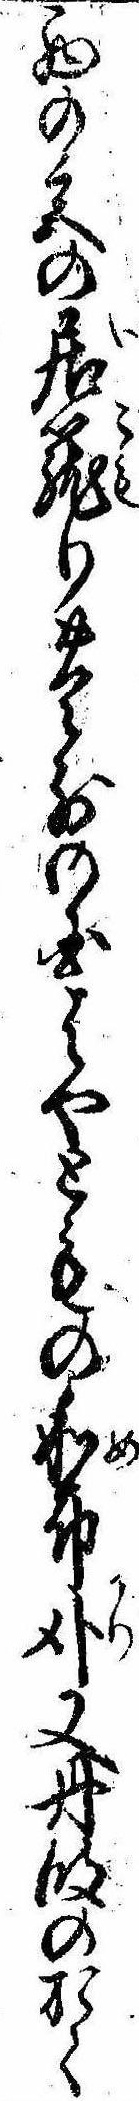
西の宮の居篭り豊前の国はやともの和布刈又丹波のおく